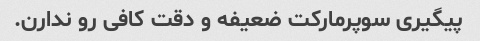
پیگیری سوپرمارکت ضعیفه و دقت کافی رو ندارن.